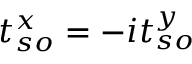
t _ { s o } ^ { x } = - i t _ { s o } ^ { y }